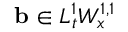
\ensuremath { \mathbf { b } } \in L _ { t } ^ { 1 } W _ { x } ^ { 1 , 1 }